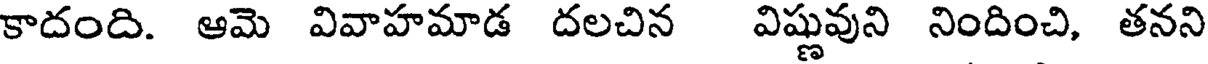
కాదంది. ఆమె వివాహమాడ దలచిన విష్ణువుని నిందించి, తనని